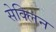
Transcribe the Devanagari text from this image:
सेक्लिन